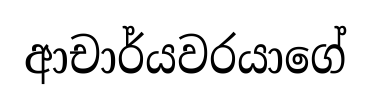
ආචාර්යවරයාගේ